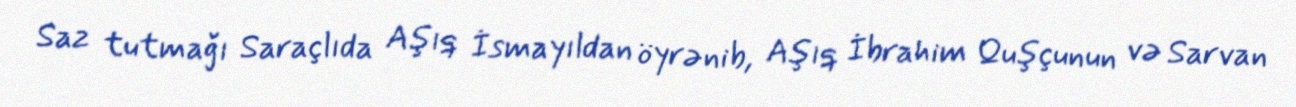
Saz tutmağı Saraçlıda Aşıq İsmayıldan öyrənib, Aşıq İbrahim Quşçunun və Sarvan